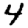
Digit: 4